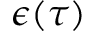
\epsilon ( \tau )